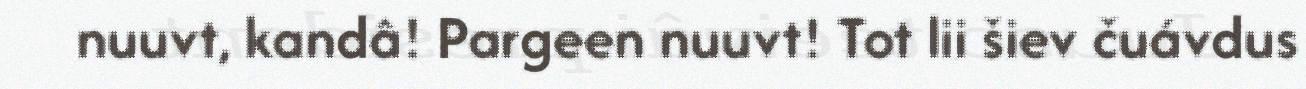
nuuvt, kandâ! Pargeen nuuvt! Tot lii šiev čuávdus